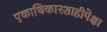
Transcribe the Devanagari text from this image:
एकाधिकारशाहीपेक्षा